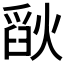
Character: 𪹗